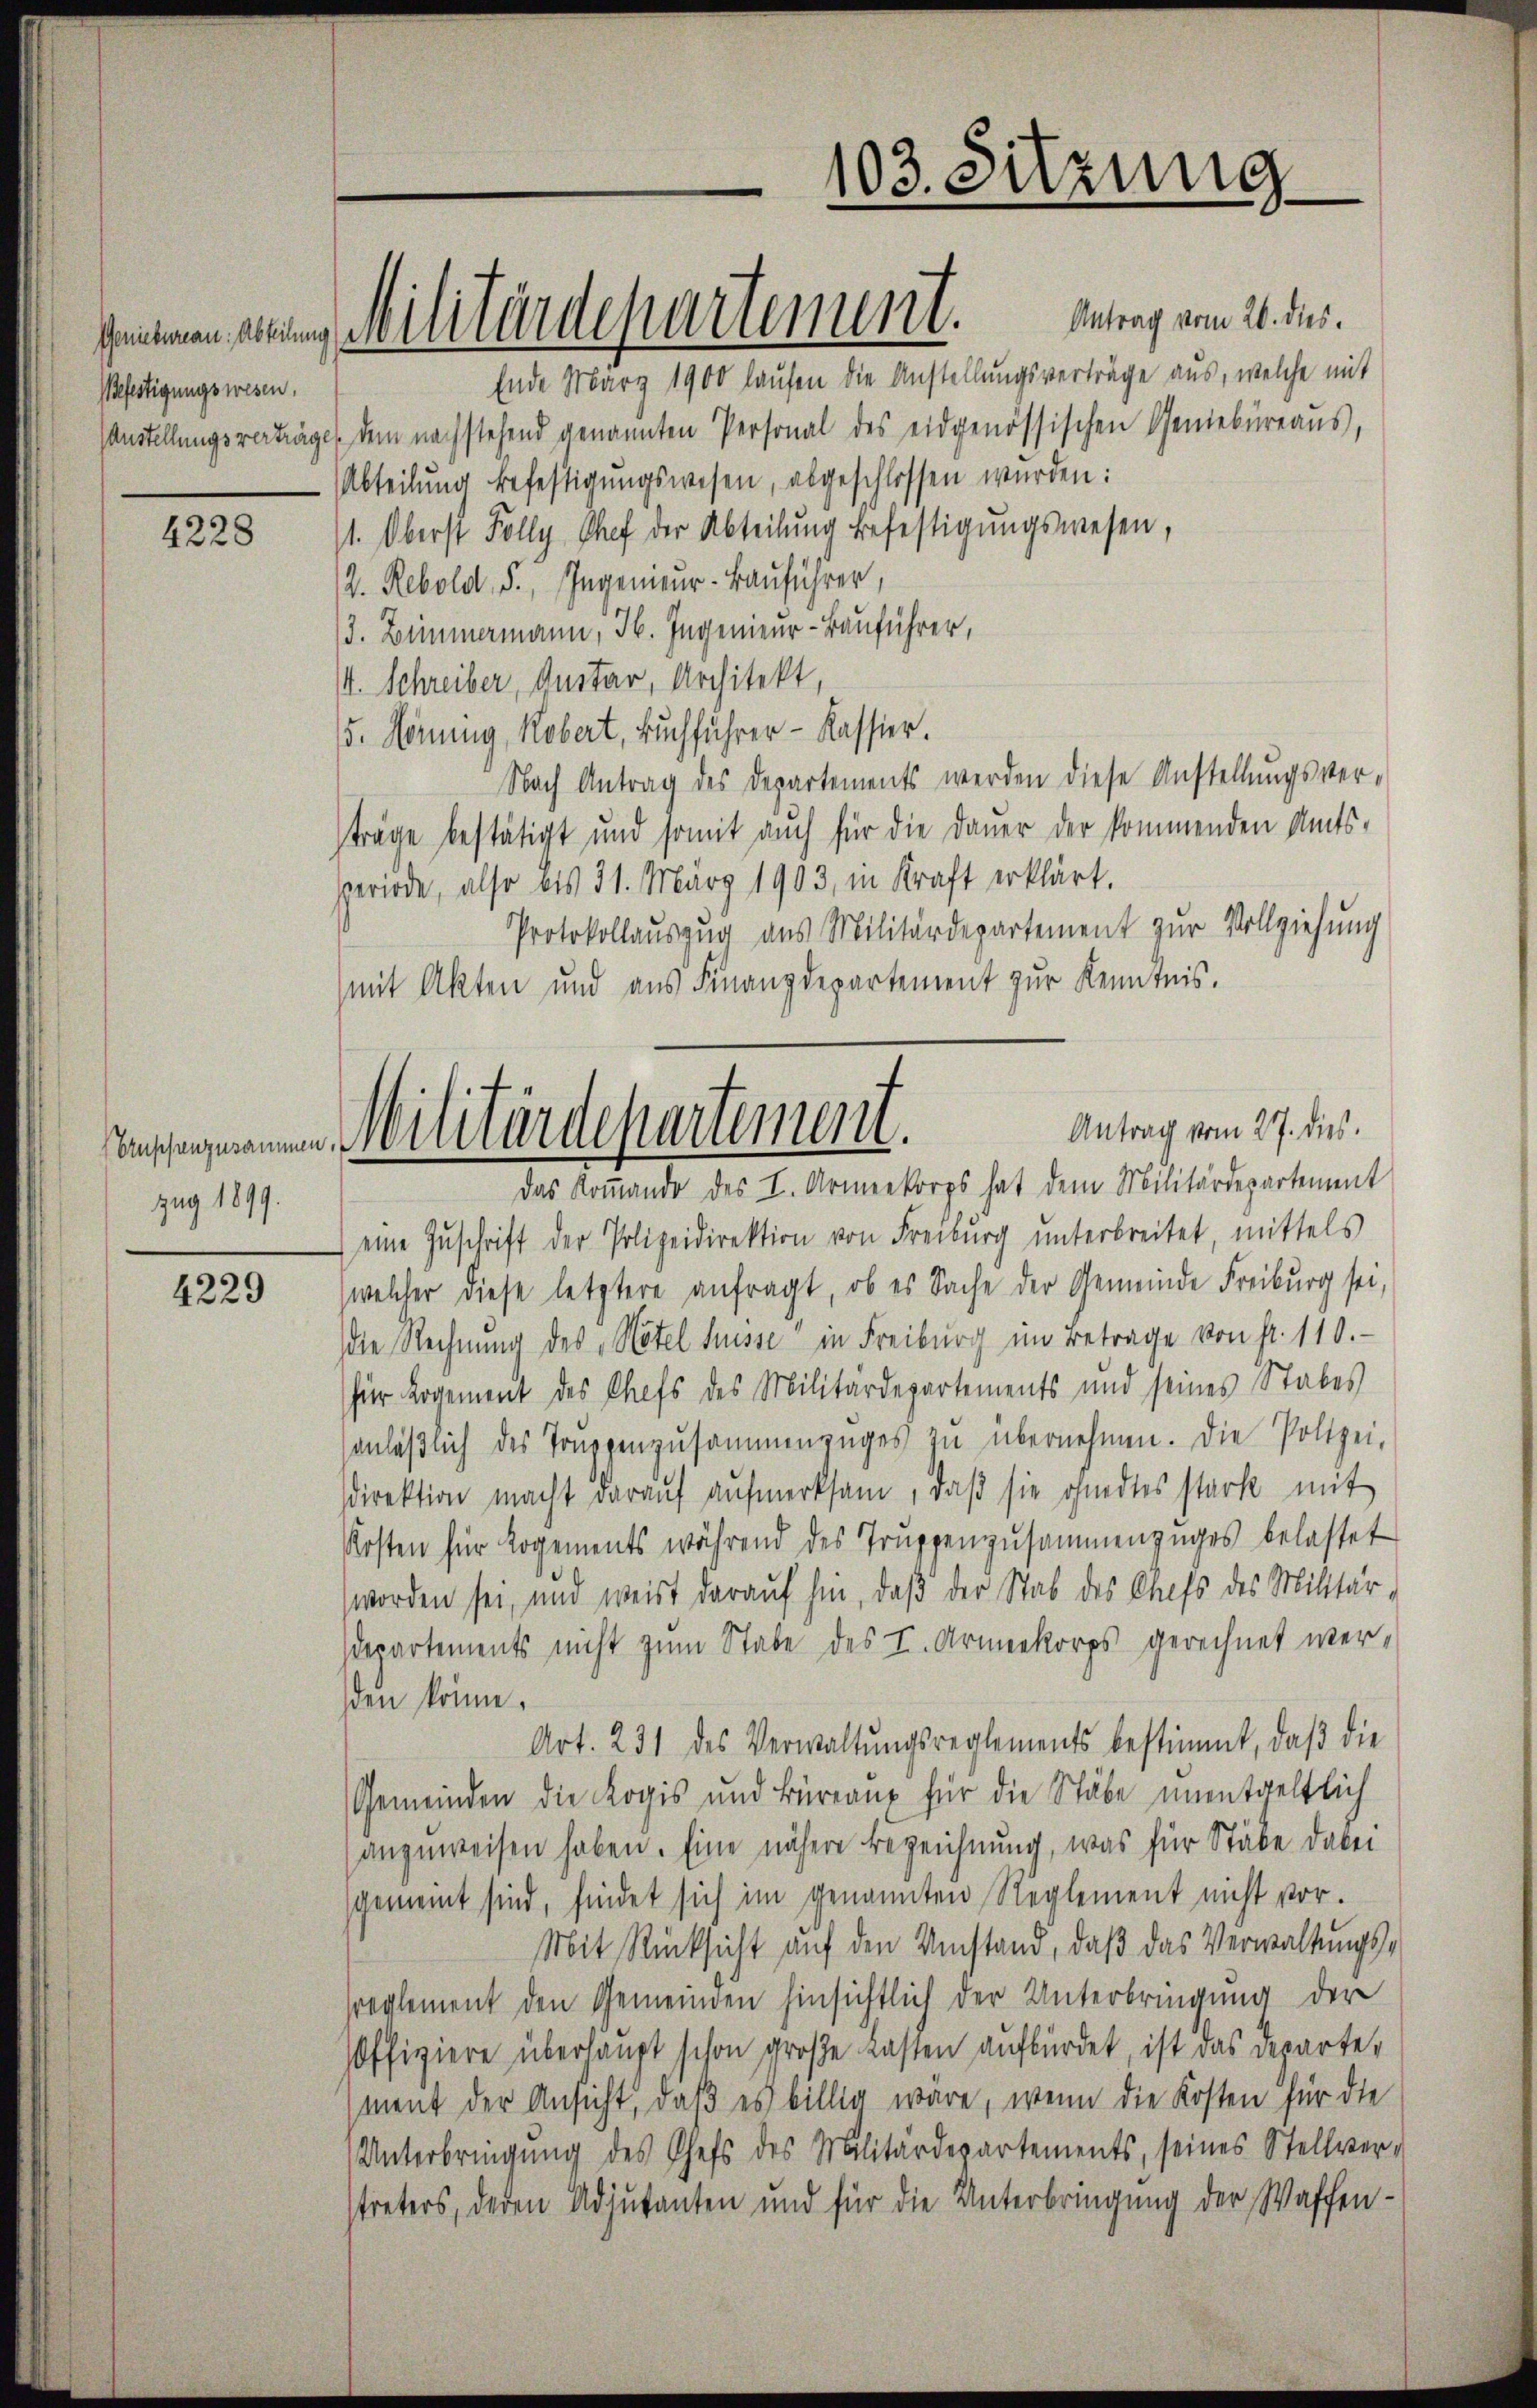
Befestigungswesen,

4228

Bruppenzusammen
zug 1899.

4229

Ende März 1900 laufen die Anstellungsverträge aus, welche mit
Mustellungsverträge dem nachstehend genannten Personal des eidgenössischen Geniebüreaŭs,
Abteilung befestigungswesen, abgeschlossen wurden:
1. Oberst Folly Chef der Abteilŭng befestigungswesen,
2. Rebold. S., Ingenieur-Bauführer,
3. Zimmermann, H. Ingenieur-Bauführer,
4. Schreiber, Anitar, Architekt
5. Hornung, Robert, Buchführer - Kassier.
Nach Antrag des Departements werden diese Anstellŭngsver-
träge bestätigt und somit auch für die Daŭer der kommenden Amts-
eriode, also bis 31. März 1903, in Kraft erklärt.
Protokollauszug aus Militärdepartement zur Vollziehung
mit Akten und aus Finanzdepartement zur Kenntnis.
eine Zŭschrift der Polizeidirektion von Freiburg unterbreitet, mittels
welcher diese letztere anfragt, ob es Sache der Gemeinde Freiburg sei,
die Rechnung des Notel Musse in Freiburg im Betrage von fr. 110.
für Logement des Chefs des Militärdepartements und seines Stabes
anläβlich des Truppenzusammenzuges zŭ übernehmen. Die Polizei-
direktion macht darauf aufmerksam, daß sie ohnertes stark mit
Kosten für Logements während des Trŭppenzusammenzŭges belastet
worden sei, und weist darauf hin, daß der Stab des Chefs des Militär-
departements nicht zum Stabe des I. Armeekorps gerechnet werßen könne.
Art. 231 des Verwaltŭngsreglements bestimmt, daβ die
Gemeinden die Kogis und Büreaus für die Stäbe unentgeltlich
anzuweisen haben. Eine nähere Bezeichnung, was für Stäbe dabei
sgemeint sind, findet sich im genannten Reglement nicht vor.
Mit Rücksicht auf den Umstand, daß das Verwaltungssreglement den Gemeinden hinsichtlich der Unterbringung der
soffiziere überhaupt schon große Lasten aufbürdet ist das Departe,
meit der Ansicht, daß es billig wäre, wenn die Kosten für die
Unterbringŭng des Chefs des Militärdepartements, seines Stellver-
streters, deden Adjutanten und für die Unterbringung der Waffen¬

gemeinen ein Militärdepartement. Antrag vom 26. ds.

103. Sitzung

Antrag vom 27. dies.
Militärdepartement.
das Koṁando des I. Armeekorps hat dem Militärdepartement